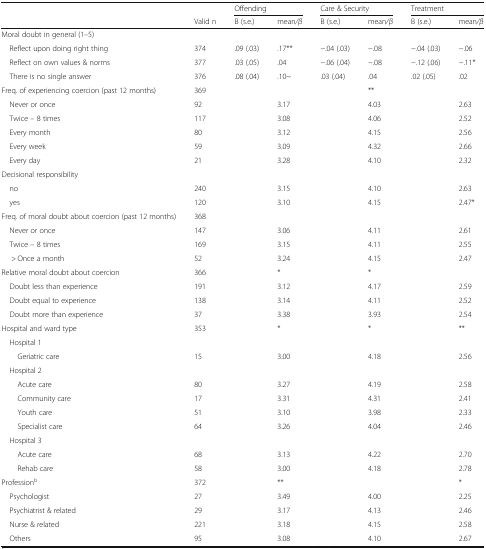
<table><thead><tr><td rowspan="2"></td><td></td><td colspan="2"><b>Offending</b></td><td colspan="2"><b>Care &amp; Security</b></td><td colspan="2"><b>Treatment</b></td></tr><tr><td><b>Valid n</b></td><td><b>B (s.e.)</b></td><td><b>mean<i>/β</i></b></td><td><b>B (s.e.)</b></td><td><b>mean<i>/β</i></b></td><td><b>B (s.e.)</b></td><td><b>mean<i>/β</i></b></td></tr></thead><tbody><tr><td>Moral doubt in general (1–5)</td><td></td><td></td><td></td><td></td><td></td><td></td><td></td></tr><tr><td> Reflect upon doing right thing</td><td>374</td><td>.09 (.03)</td><td>.17**</td><td>−.04 (.03)</td><td>−.08</td><td>−.04 (.03)</td><td>−.06</td></tr><tr><td> Reflect on own values &amp; norms</td><td>377</td><td>.03 (.05)</td><td>.04</td><td>−.06 (.04)</td><td>−.08</td><td>−.12 (.06)</td><td>−.11*</td></tr><tr><td> There is no single answer</td><td>376</td><td>.08 (.04)</td><td>.10~</td><td>.03 (.04)</td><td>.04</td><td>.02 (.05)</td><td>.02</td></tr><tr><td>Freq. of experiencing coercion (past 12 months)</td><td>369</td><td></td><td></td><td></td><td>**</td><td></td><td></td></tr><tr><td> Never or once</td><td>92</td><td></td><td>3.17</td><td></td><td>4.03</td><td></td><td>2.63</td></tr><tr><td> Twice – 8 times</td><td>117</td><td></td><td>3.08</td><td></td><td>4.06</td><td></td><td>2.52</td></tr><tr><td> Every month</td><td>80</td><td></td><td>3.12</td><td></td><td>4.15</td><td></td><td>2.56</td></tr><tr><td> Every week</td><td>59</td><td></td><td>3.09</td><td></td><td>4.32</td><td></td><td>2.66</td></tr><tr><td> Every day</td><td>21</td><td></td><td>3.28</td><td></td><td>4.10</td><td></td><td>2.32</td></tr><tr><td>Decisional responsibility</td><td></td><td></td><td></td><td></td><td></td><td></td><td></td></tr><tr><td> no</td><td>240</td><td></td><td>3.15</td><td></td><td>4.10</td><td></td><td>2.63</td></tr><tr><td> yes</td><td>120</td><td></td><td>3.10</td><td></td><td>4.15</td><td></td><td>2.47*</td></tr><tr><td>Freq. of moral doubt about coercion (past 12 months)</td><td>368</td><td></td><td></td><td></td><td></td><td></td><td></td></tr><tr><td> Never or once</td><td>147</td><td></td><td>3.06</td><td></td><td>4.11</td><td></td><td>2.61</td></tr><tr><td> Twice – 8 times</td><td>169</td><td></td><td>3.15</td><td></td><td>4.11</td><td></td><td>2.55</td></tr><tr><td>&gt; Once a month</td><td>52</td><td></td><td>3.24</td><td></td><td>4.15</td><td></td><td>2.47</td></tr><tr><td>Relative moral doubt about coercion</td><td>366</td><td></td><td>*</td><td></td><td>*</td><td></td><td></td></tr><tr><td> Doubt less than experience</td><td>191</td><td></td><td>3.12</td><td></td><td>4.17</td><td></td><td>2.59</td></tr><tr><td> Doubt equal to experience</td><td>138</td><td></td><td>3.14</td><td></td><td>4.11</td><td></td><td>2.52</td></tr><tr><td> Doubt more than experience</td><td>37</td><td></td><td>3.38</td><td></td><td>3.93</td><td></td><td>2.54</td></tr><tr><td>Hospital and ward type</td><td>353</td><td></td><td>*</td><td></td><td>*</td><td></td><td>**</td></tr><tr><td> Hospital 1</td><td></td><td></td><td></td><td></td><td></td><td></td><td></td></tr><tr><td>Geriatric care</td><td>15</td><td></td><td>3.00</td><td></td><td>4.18</td><td></td><td>2.56</td></tr><tr><td> Hospital 2</td><td></td><td></td><td></td><td></td><td></td><td></td><td></td></tr><tr><td>Acute care</td><td>80</td><td></td><td>3.27</td><td></td><td>4.19</td><td></td><td>2.58</td></tr><tr><td>Community care</td><td>17</td><td></td><td>3.31</td><td></td><td>4.31</td><td></td><td>2.41</td></tr><tr><td>Youth care</td><td>51</td><td></td><td>3.10</td><td></td><td>3.98</td><td></td><td>2.33</td></tr><tr><td>Specialist care</td><td>64</td><td></td><td>3.26</td><td></td><td>4.04</td><td></td><td>2.46</td></tr><tr><td> Hospital 3</td><td></td><td></td><td></td><td></td><td></td><td></td><td></td></tr><tr><td>Acute care</td><td>68</td><td></td><td>3.13</td><td></td><td>4.22</td><td></td><td>2.70</td></tr><tr><td>Rehab care</td><td>58</td><td></td><td>3.00</td><td></td><td>4.18</td><td></td><td>2.78</td></tr><tr><td>Profession<sup>b</sup></td><td>372</td><td></td><td>**</td><td></td><td></td><td></td><td>*</td></tr><tr><td> Psychologist</td><td>27</td><td></td><td>3.49</td><td></td><td>4.00</td><td></td><td>2.25</td></tr><tr><td> Psychiatrist &amp; related</td><td>29</td><td></td><td>3.17</td><td></td><td>4.13</td><td></td><td>2.46</td></tr><tr><td> Nurse &amp; related</td><td>221</td><td></td><td>3.18</td><td></td><td>4.15</td><td></td><td>2.58</td></tr><tr><td> Others</td><td>95</td><td></td><td>3.08</td><td></td><td>4.10</td><td></td><td>2.67</td></tr></tbody></table>